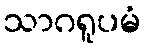
သာဂရူပမံ